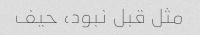
مثل قبل نبود، حیف